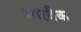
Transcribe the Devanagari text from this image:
मारबैक